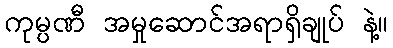
ကုမ္ပဏီ အမှုဆောင်အရာရှိချုပ် နဲ့။